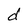
Character: d